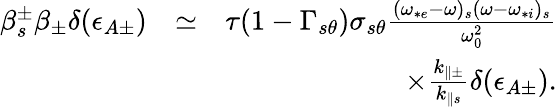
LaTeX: \begin{array}{rlr}{\beta_{s}^{\pm}\beta_{\pm}\delta(\epsilon_{A\pm})}&{\simeq}&{\tau(1-\Gamma_{s\theta})\sigma_{s\theta}\frac{(\omega_{*e}-\omega)_{s}(\omega-\omega_{*i})_{s}}{\omega_{0}^{2}}}\\ &{}&{\times\frac{k_{\parallel\pm}}{k_{\parallel s}}\delta(\epsilon_{A\pm}).}\end{array}